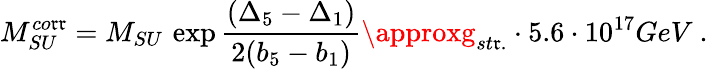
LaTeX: M_{SU}^{co\mathfrak{r}\mathfrak{r}}=M_{SU}\, \exp\frac{{({\Delta}_{5}-{\Delta}_{1})}}{{2(b_{5}-b_{1})}}\approxg_{st\mathfrak{r}.}\cdot5.6\cdot10^{17}GeV\ .